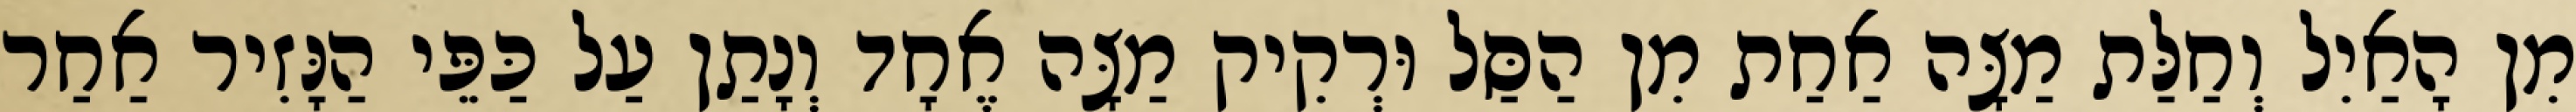
מִן הָאַיִל וְחַלַּת מַצָּה אַחַת מִן הַסַּל וּרְקִיק מַצָּה אֶחָד וְנָתַן עַל כַּפֵּי הַנָּזִיר אַחַר